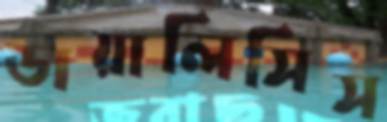
ডায়ালিসিস